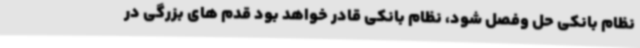
نظام بانکی حل وفصل شود، نظام بانکی قادر خواهد بود قدم های بزرگی در